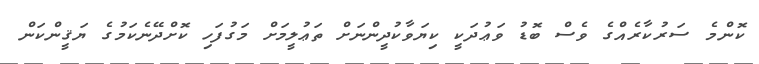
ކޮންމެ ސަރުކާރެއްގެ ވެސް ބޮޑު ވަޢުދަކީ ކިޔަވާކުދީންނަށް ތަޢުލީމަށް މަގުފަހި ކޮށްދޭނެކަމުގެ ޔަޤީންކަން